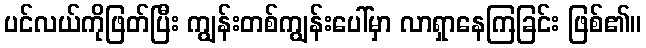
ပင်လယ်ကိုဖြတ်ပြီး ကျွန်းတစ်ကျွန်းပေါ်မှာ လာရှာနေကြခြင်း ဖြစ်၏။